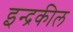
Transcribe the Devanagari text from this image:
इन्द्रकील